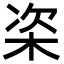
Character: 栥